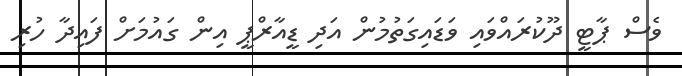
ވެސް ޕާޓީ ދޫކުރައްވައި ވަޑައިގަތުމުން އަދި ޑީއާރްޕީ އިން ގައުމަށް ފައިދާ ހުރި